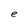
Character: e